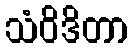
သံဝိဒိတာ